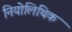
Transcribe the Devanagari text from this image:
नियोलिथिक